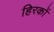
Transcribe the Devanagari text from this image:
हिरकों